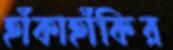
হাঁকাহাঁকির